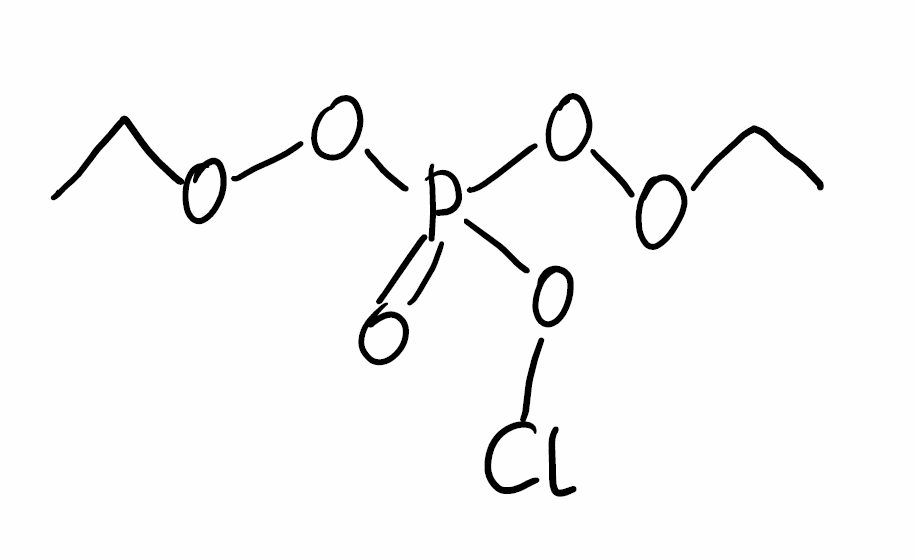
Simplified molecular-input line-entry system (SMILES) notation of the given molecule:
CCOOP(=O)(OOCC)OCl